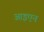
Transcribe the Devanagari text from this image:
आइएन